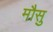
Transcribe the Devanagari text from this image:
मौसु